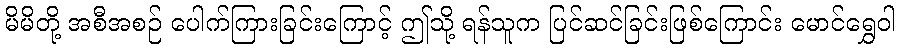
မိမိတို့ အစီအစဉ် ပေါက်ကြားခြင်းကြောင့် ဤသို့ ရန်သူက ပြင်ဆင်ခြင်းဖြစ်ကြောင်း မောင်ရွှေဝါ